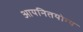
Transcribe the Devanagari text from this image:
आयनितयोग्य